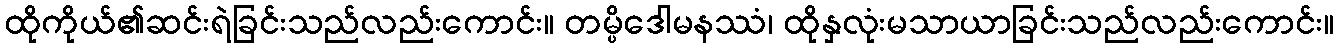
ထိုကိုယ်၏ဆင်းရဲခြင်းသည်လည်းကောင်း။ တမ္ပိဒေါမနဿံ၊ ထိုနှလုံးမသာယာခြင်းသည်လည်းကောင်း။